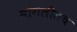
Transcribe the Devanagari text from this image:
सांगलीतच